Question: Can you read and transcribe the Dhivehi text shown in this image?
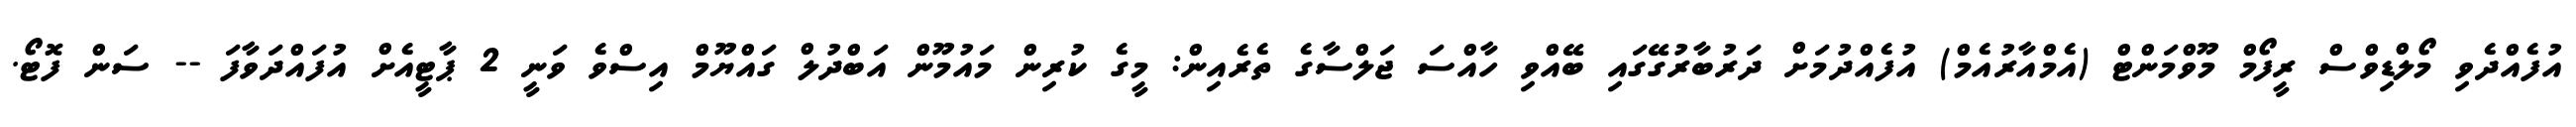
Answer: އުފެއްދެވި މޯލްޑިވްސް ރީފޯމް މޫވްމަންޓް (އެމްއާރުއެމް) އުފެއްދުމަށް ދަރުބާރުގޭގައި ބޭއްވި ހާއްސަ ޖަލްސާގެ ތެރެއިން: މީގެ ކުރިން މައުމޫން އަބްދުލް ގައްޔޫމް އިސްވެ ވަނީ 2 ޕާޓީއެށް އުފައްދަވާފަ -- ސަން ފޮޓޯ.